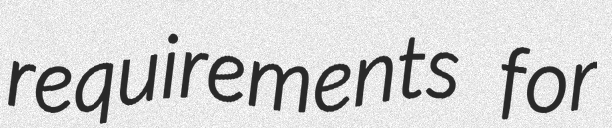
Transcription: requirements for